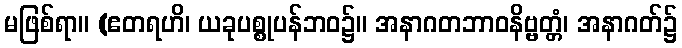
မဖြစ်ရာ။ (ဧတရဟိ၊ ယခုပစ္စုပန်ဘဝ၌။ အနာဂတဘာဝနိဗ္ဗတ္တံ၊ အနာဂတ်၌